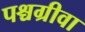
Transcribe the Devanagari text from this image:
पश्चग्रीवा